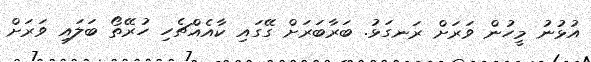
އުޅުނު މީހުން ވަރަށް ރަނގަޅު. ބަރާބަރަށް ގޭގައި ކާއެއްޗެހި ހުރޭތޯ ބަލައި ވަރަށް